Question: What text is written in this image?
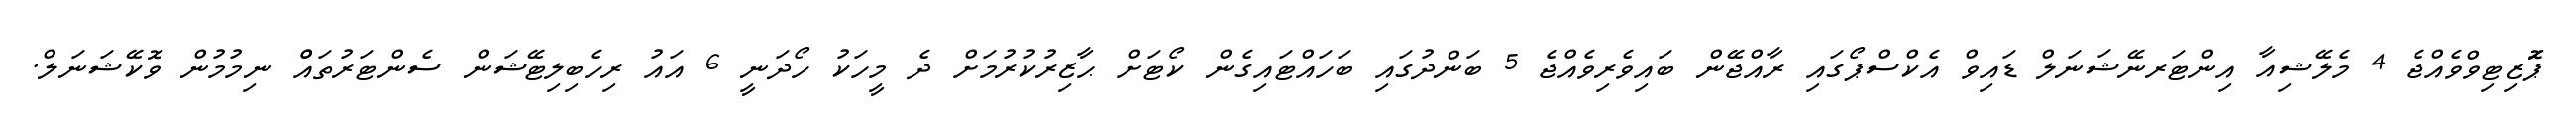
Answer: ޕަޮޒިޓިވްވެއްޖެ 4 މެލޭޝިއާ އިންޓަރނޭޝަނަލް ޑައިވް އެކްސްޕޯގައި ރާއްޖޭން ބައިވެރިވެއްޖެ 5 ބަންދުގައި ބަހައްޓައިގެން ކޯޓަށް ޙާޒިރުކުރުމަށް ދެ މީހަކު ހޯދަނީ 6 އައު ރިހެބިލިޓޭޝަން ސެންޓަރުތައްް ނިމުމުން ވޮކޭޝަނަލް.